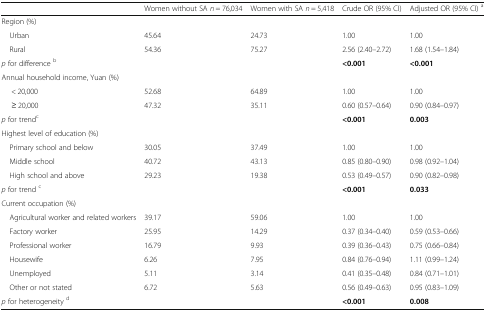
<table><thead><tr><td></td><td><b>Women without SA <i>n</i> = 76,034</b></td><td><b>Women with SA <i>n</i> = 5,418</b></td><td><b>Crude OR (95% CI)</b></td><td><b>Adjusted OR (95% CI) <sup>a</sup></b></td></tr></thead><tbody><tr><td colspan="5">Region (%)</td></tr><tr><td> Urban</td><td>45.64</td><td>24.73</td><td>1.00</td><td>1.00</td></tr><tr><td> Rural</td><td>54.36</td><td>75.27</td><td>2.56 (2.40–2.72)</td><td>1.68 (1.54–1.84)</td></tr><tr><td><i>p</i> for difference <sup>b</sup></td><td colspan="2"></td><td><b>&lt;0.001</b></td><td><b>&lt;0.001</b></td></tr><tr><td colspan="5">Annual household income, Yuan (%)</td></tr><tr><td>&lt; 20,000</td><td>52.68</td><td>64.89</td><td>1.00</td><td>1.00</td></tr><tr><td>≥ 20,000</td><td>47.32</td><td>35.11</td><td>0.60 (0.57–0.64)</td><td>0.90 (0.84–0.97)</td></tr><tr><td colspan="3"><i>p</i> for trend<sup>c﻿</sup></td><td><b>&lt;0.001</b></td><td><b>0.003</b></td></tr><tr><td colspan="5">Highest level of education (%)</td></tr><tr><td> Primary school and below</td><td>30.05</td><td>37.49</td><td>1.00</td><td>1.00</td></tr><tr><td> Middle school</td><td>40.72</td><td>43.13</td><td>0.85 (0.80–0.90)</td><td>0.98 (0.92–1.04)</td></tr><tr><td> High school and above</td><td>29.23</td><td>19.38</td><td>0.53 (0.49–0.57)</td><td>0.90 (0.82–0.98)</td></tr><tr><td colspan="3"><i>p</i> for trend <sup>c</sup></td><td><b>&lt;0.001</b></td><td><b>0.033</b></td></tr><tr><td colspan="5">Current occupation (%)</td></tr><tr><td> Agricultural worker and related workers</td><td>39.17</td><td>59.06</td><td>1.00</td><td>1.00</td></tr><tr><td> Factory worker</td><td>25.95</td><td>14.29</td><td>0.37 (0.34–0.40)</td><td>0.59 (0.53–0.66)</td></tr><tr><td> Professional worker</td><td>16.79</td><td>9.93</td><td>0.39 (0.36–0.43)</td><td>0.75 (0.66–0.84)</td></tr><tr><td> Housewife</td><td>6.26</td><td>7.95</td><td>0.84 (0.76–0.94)</td><td>1.11 (0.99–1.24)</td></tr><tr><td> Unemployed</td><td>5.11</td><td>3.14</td><td>0.41 (0.35–0.48)</td><td>0.84 (0.71–1.01)</td></tr><tr><td> Other or not stated</td><td>6.72</td><td>5.63</td><td>0.56 (0.49–0.63)</td><td>0.95 (0.83–1.09)</td></tr><tr><td><i>p</i> for heterogeneity <sup>d</sup></td><td></td><td></td><td><b>&lt;0.001</b></td><td><b>0.008</b></td></tr></tbody></table>